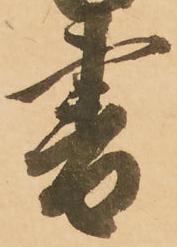
書